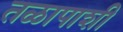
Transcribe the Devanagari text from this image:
तळापाशी